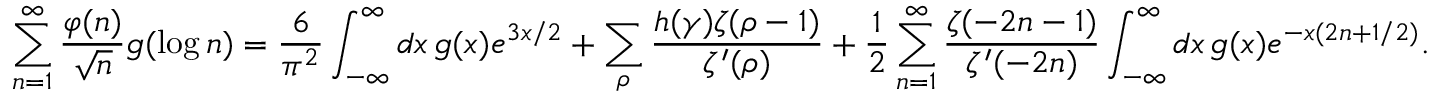
\sum _ { n = 1 } ^ { \infty } { \frac { \varphi ( n ) } { \sqrt { n } } } g ( \log n ) = { \frac { 6 } { \pi ^ { 2 } } } \int _ { - \infty } ^ { \infty } d x \, g ( x ) e ^ { 3 x / 2 } + \sum _ { \rho } { \frac { h ( \gamma ) \zeta ( \rho - 1 ) } { \zeta ^ { \prime } ( \rho ) } } + { \frac { 1 } { 2 } } \sum _ { n = 1 } ^ { \infty } { \frac { \zeta ( - 2 n - 1 ) } { \zeta ^ { \prime } ( - 2 n ) } } \int _ { - \infty } ^ { \infty } d x \, g ( x ) e ^ { - x ( 2 n + 1 / 2 ) } .